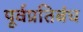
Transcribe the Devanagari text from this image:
पूर्वप्रतिबंध